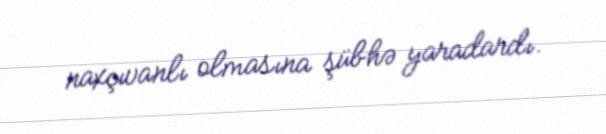
naxçıvanlı olmasına şübhə yaradardı.